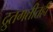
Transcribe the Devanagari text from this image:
द्रुतगतीतही